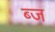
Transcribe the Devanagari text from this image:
ब्ज